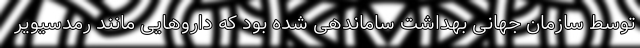
توسط سازمان جهانی بهداشت ساماندهی شده بود که داروهایی مانند رمدسیویر